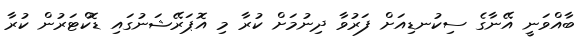
ބާއްވަނީ އޭނާގެ ސިކުނޑިއަށް ފަރުވާ ދިނުމަށް ކުރާ މި އޮޕަރޭޝަނުގައި ޑޮކްޓަރުން ކުރާ